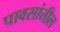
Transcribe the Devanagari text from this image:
पावसांतील